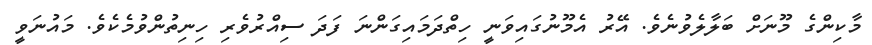
މާކިންގެ މޫނަށް ބަލާލެވުނެވެ. އޭރު އެމޫނުގައިވަނީ ހިތްދަމައިގަންނަ ފަދަ ސިއްރުވެރި ހިނިތުންވުމެކެވެ. މައުނަވީ